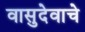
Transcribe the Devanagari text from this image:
वासुदेवाचे